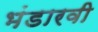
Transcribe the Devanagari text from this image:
भंडारवी